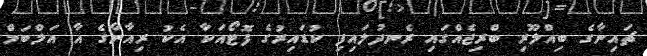
ޗައިނާގެ ބިއްލޫރި ބްރިޖެއްގައި ރެނދުލައިފި ކުޑައިރުގެ ފޮޓޯއަކާ އެކު ރިއާނާގެ އާ އަލްބަމް